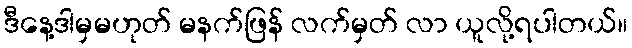
ဒီနေ့ဒါမှမဟုတ် မနက်ဖြန် လက်မှတ် လာ ယူလို့ရပါတယ်။